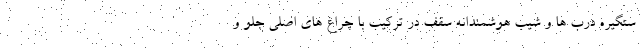
ستگیره درب ها و شیب هوشمندانه سقف در ترکیب با چراغ های اصلی جلو و